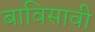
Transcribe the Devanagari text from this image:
बाविसावी